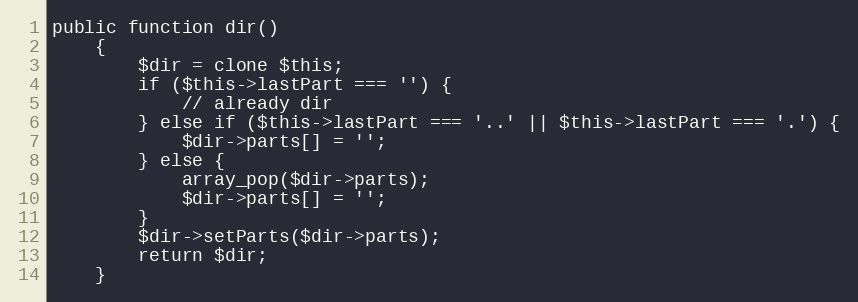
Language: PHP
public function dir()
	{
		$dir = clone $this;
		if ($this->lastPart === '') {
			// already dir
		} else if ($this->lastPart === '..' || $this->lastPart === '.') {
			$dir->parts[] = '';
		} else {
			array_pop($dir->parts);
			$dir->parts[] = '';
		}
		$dir->setParts($dir->parts);
		return $dir;
	}